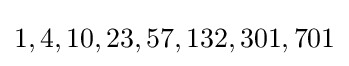
1,4,10,23,57,132,301,701